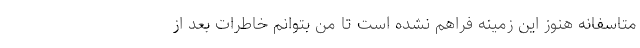
متاسفانه هنوز این زمینه فراهم نشده است تا من بتوانم خاطرات بعد از